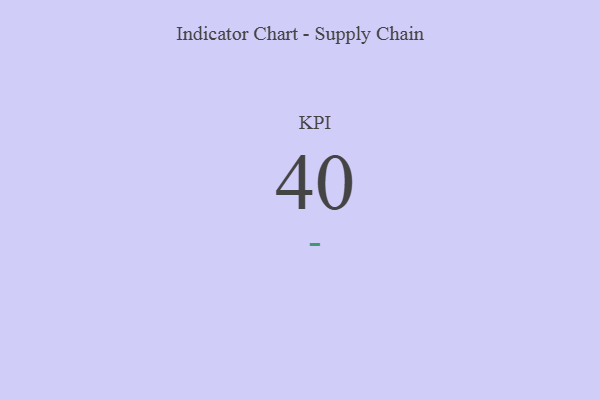
{"axis": {"x": "KPI", "y": "Value"}, "legend": [""], "data": [{"x": "KPI", "y": 40, "type": ""}]}